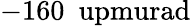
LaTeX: -160~\mathrm{{\ upmurad}}